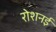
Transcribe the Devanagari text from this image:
रोशनई